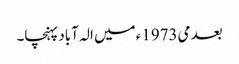
بعد می1973ء میں الہ آباد پہنچا۔